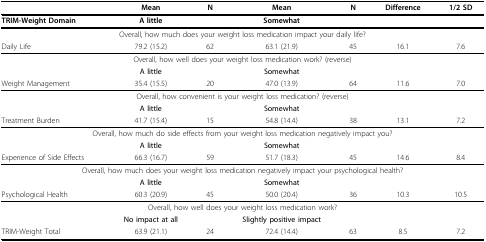
<table><thead><tr><td></td><td><b>Mean</b></td><td><b>N</b></td><td><b>Mean</b></td><td><b>N</b></td><td><b>Difference</b></td><td><b>1/2 SD</b></td></tr></thead><tbody><tr><td><b>TRIM-Weight Domain</b></td><td><b>A little</b></td><td></td><td><b>Somewhat</b></td><td></td><td></td><td></td></tr><tr><td colspan="7">Overall, how much does your weight loss medication impact your daily life?</td></tr><tr><td>Daily Life</td><td>79.2 (15.2)</td><td>62</td><td>63.1 (21.9)</td><td>45</td><td>16.1</td><td>7.6</td></tr><tr><td colspan="7">Overall, how well does your weight loss medication work? (reverse)</td></tr><tr><td></td><td><b>A little</b></td><td></td><td><b>Somewhat</b></td><td></td><td></td><td></td></tr><tr><td>Weight Management</td><td>35.4 (15.5)</td><td>20</td><td>47.0 (13.9)</td><td>64</td><td>11.6</td><td>7.0</td></tr><tr><td colspan="7">Overall, how convenient is your weight loss medication? (reverse)</td></tr><tr><td></td><td><b>A little</b></td><td></td><td><b>Somewhat</b></td><td></td><td></td><td></td></tr><tr><td>Treatment Burden</td><td>41.7 (15.4)</td><td>15</td><td>54.8 (14.4)</td><td>38</td><td>13.1</td><td>7.2</td></tr><tr><td colspan="7">Overall, how much do side effects from your weight loss medication negatively impact you?</td></tr><tr><td></td><td><b>A little</b></td><td></td><td><b>Somewhat</b></td><td></td><td></td><td></td></tr><tr><td>Experience of Side Effects</td><td>66.3 (16.7)</td><td>59</td><td>51.7 (18.3)</td><td>45</td><td>14.6</td><td>8.4</td></tr><tr><td colspan="7">Overall, how much does your weight loss medication negatively impact your psychological health?</td></tr><tr><td></td><td><b>A little</b></td><td></td><td><b>Somewhat</b></td><td></td><td></td><td></td></tr><tr><td>Psychological Health</td><td>60.3 (20.9)</td><td>45</td><td>50.0 (20.4)</td><td>36</td><td>10.3</td><td>10.5</td></tr><tr><td colspan="7">Overall, how well does your weight loss medication work?</td></tr><tr><td></td><td><b>No impact at all</b></td><td></td><td><b>Slightly positive impact</b></td><td></td><td></td><td></td></tr><tr><td>TRIM-Weight Total</td><td>63.9 (21.1)</td><td>24</td><td>72.4 (14.4)</td><td>63</td><td>8.5</td><td>7.2</td></tr></tbody></table>